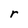
Character: r